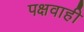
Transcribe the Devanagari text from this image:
पक्षवाही